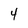
Character: 4